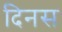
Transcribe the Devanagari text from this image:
दिनस